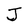
Character: J